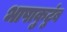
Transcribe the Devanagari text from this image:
भाषाकुटुंब